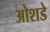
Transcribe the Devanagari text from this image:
ओशडे